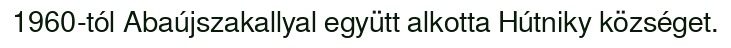
1960-tól Abaújszakallyal együtt alkotta Hútniky községet.